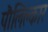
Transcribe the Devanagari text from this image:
पौलिक्लार